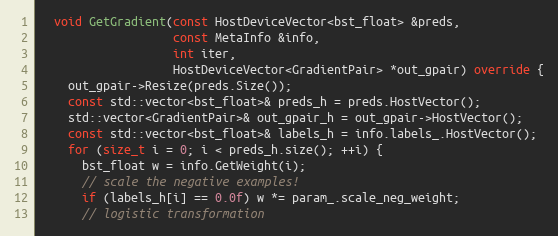
Language: C++
  void GetGradient(const HostDeviceVector<bst_float> &preds,
                   const MetaInfo &info,
                   int iter,
                   HostDeviceVector<GradientPair> *out_gpair) override {
    out_gpair->Resize(preds.Size());
    const std::vector<bst_float>& preds_h = preds.HostVector();
    std::vector<GradientPair>& out_gpair_h = out_gpair->HostVector();
    const std::vector<bst_float>& labels_h = info.labels_.HostVector();
    for (size_t i = 0; i < preds_h.size(); ++i) {
      bst_float w = info.GetWeight(i);
      // scale the negative examples!
      if (labels_h[i] == 0.0f) w *= param_.scale_neg_weight;
      // logistic transformation